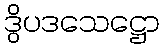
ဒွိပဒသေဋ္ဌော